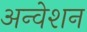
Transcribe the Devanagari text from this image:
अन्वेशन